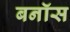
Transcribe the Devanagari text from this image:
बनॉस